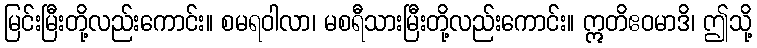
မြင်းမြီးတို့လည်းကောင်း။ စမရဝါလာ၊ မစရီသားမြီးတို့လည်းကောင်း။ ဣတိဧဝမာဒိ၊ ဤသို့